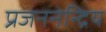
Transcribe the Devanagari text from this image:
प्रजननेन्द्रिय